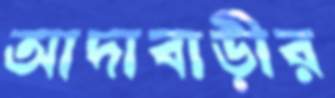
আদাবাড়ীর